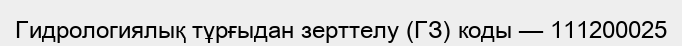
Гидрологиялық тұрғыдан зерттелу (ГЗ) коды — 111200025